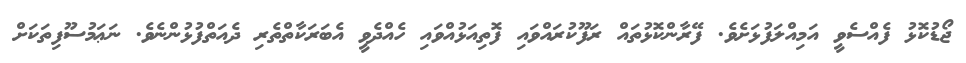
ޖޯޑުކޮޅު ފެއްސެވީ އަމިއްލަފުޅަށެވެ. ފޭރާންކޮޅުތައް ރަފޫކުރައްވައި ފޮތިއަޅުއްވައި ހެއްދެވީ އެބަރަކާތްތެރި ދެއަތްފުޅުންނެވެ. ނަޢަމުސޫފިތަކަށް